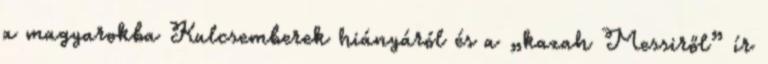
a magyarokba Kulcsemberek hiányáról és a „kazah Messiről” ír